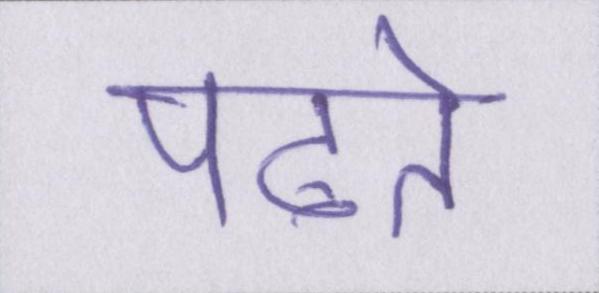
पढते